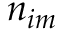
n _ { i m }